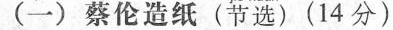
(一)蔡伦造纸(节选)(14分)